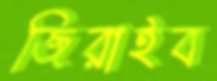
জিরাইব